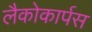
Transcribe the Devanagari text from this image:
लैकोकार्पस